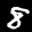
Label: 8